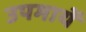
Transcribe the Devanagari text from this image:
उपमायें